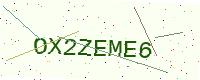
Text: OX2ZEME6